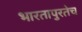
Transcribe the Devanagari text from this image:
भारतापुरतेच